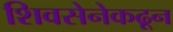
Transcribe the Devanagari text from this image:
शिवसेनेकढून